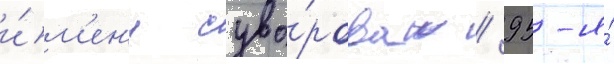
и́м'ен'и суво́рова / 95-я́